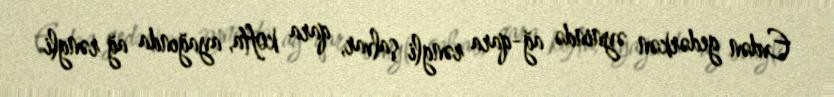
Evdən gedərkən əynində ağ-qara rəngli şalvar, qara kofta, ayağında ağ rəngli